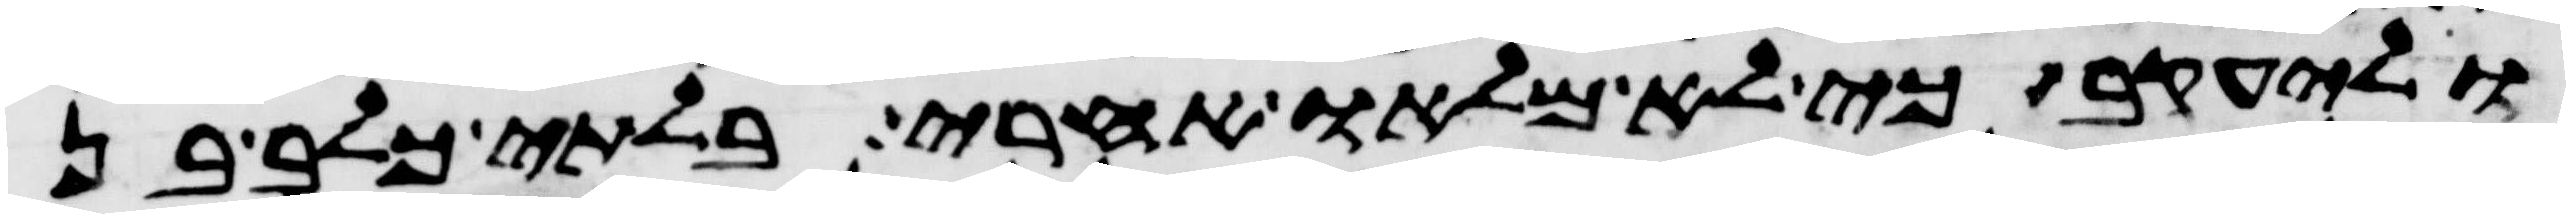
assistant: וליעקב כי לא מלאו אחרי בלתי כלב בן